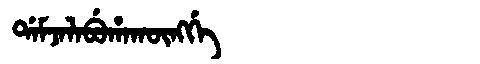
Manchu: ᡩᠠᠮᠵᠠᠯᠠᠪᡠᡥᠠᡴᡡᠩᡤᡝ
Romanization: DAMJALABUHAKŪNGGE